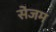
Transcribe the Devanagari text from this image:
सेजम